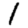
Digit: 1